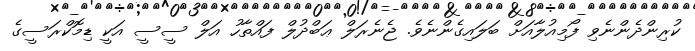
ކުރިންދެންނެވި ފޯމިއުލާއަށް ބަލައިގެންނެވެ. ޖެނެރަލް ޢަބްދުލް ފައްތާހު އަލް ސީސީ އަކީ ޑިމޮކްރަސީގެ